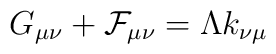
G_{\mu \nu} +{\cal F}_{\mu \nu} =\Lambda k_{\nu \mu}